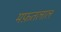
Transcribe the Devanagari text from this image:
मफ़तलाल